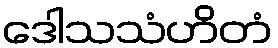
ဒေါသသံဟိတံ